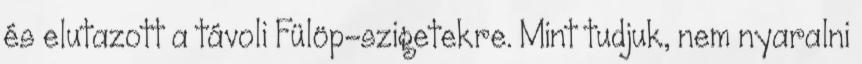
és elutazott a távoli Fülöp-szigetekre. Mint tudjuk, nem nyaralni